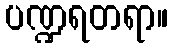
ပဏ္ဍရတရာ။